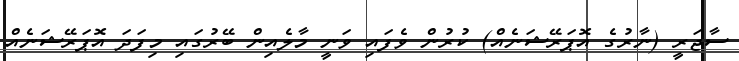
ސާޖަރީ (ނާރުގެ އޮޕަރޭޝަނެއް) ކުރުން ވެފައި ވަނީ މާލެއިން ބޭރުގައި މިފަދަ އޮޕަރޭޝަނެއް